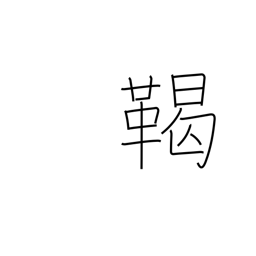
Meaning: tribe name